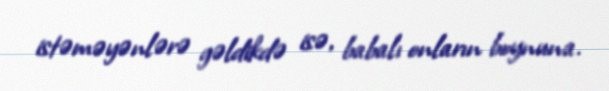
istəməyənlərə gəldikdə isə, babalı onların boynuna.